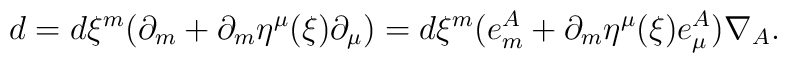
d = d\xi^m (\partial_m + \partial_m \eta^\mu (\xi ) \partial_\mu ) = d\xi^m (e^A_m  + \partial_m \eta^\mu (\xi ) e_\mu^{A}) \nabla_{A} .